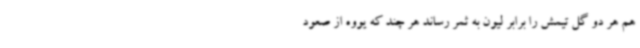
هم هر دو گل تیمش را برابر لیون به ثمر رساند هر چند که یووه از صعود